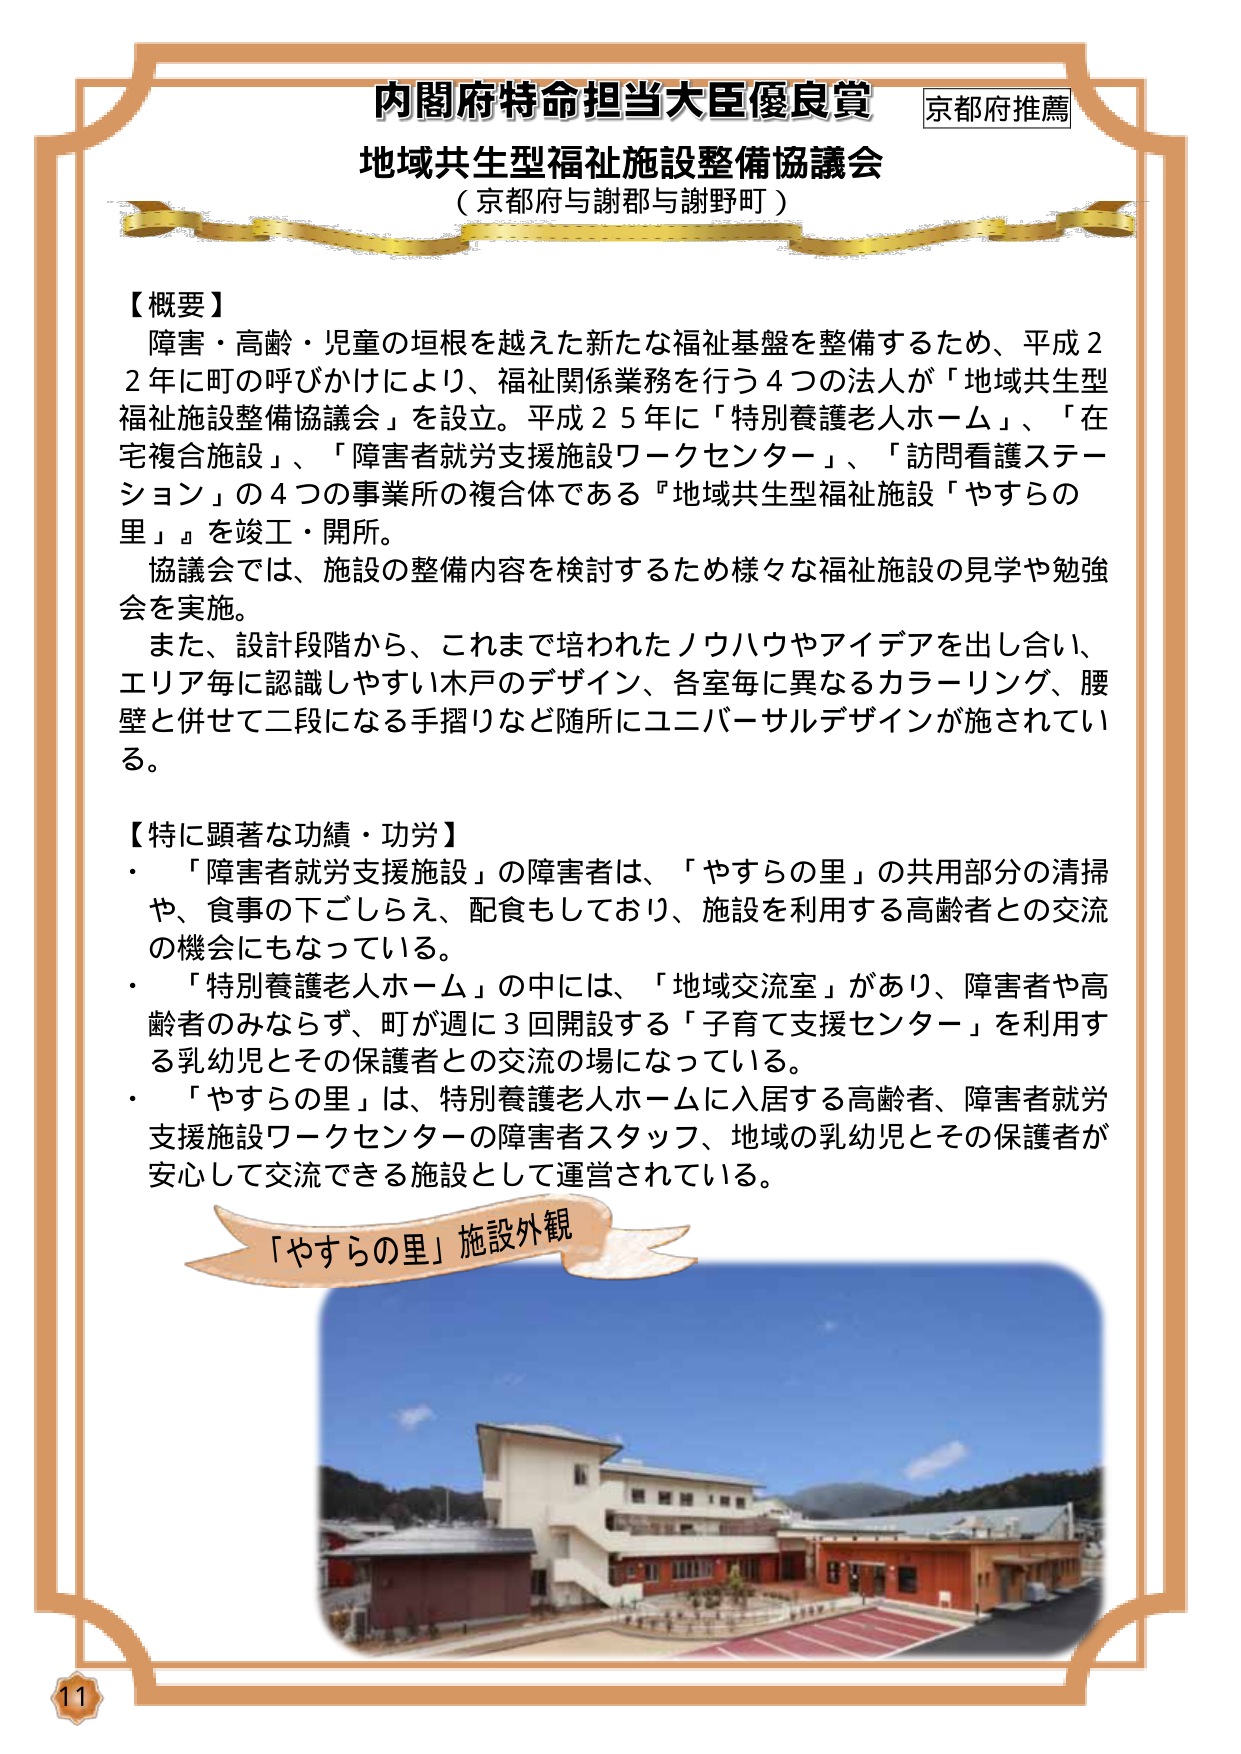
内閣府特命担当大臣優良賞 京都府推薦
地域共生型福祉施設整備協議会
（京都府与謝郡与謝野町）

【概要】
障害・高齢・児童の垣根を越えた新たな福祉基盤を整備するため、平成22年に町の呼びかけにより、福祉関係業務を行う4つの法人が「地域共生型福祉施設整備協議会」を設立。平成25年に「特別養護老人ホーム」、「在宅複合施設」、「障害者就労支援施設ワークセンター」、「訪問看護ステーション」の4つの事業所の複合体である『地域共生型福祉施設「やすらの里」』を竣工・開所。
協議会では、施設の整備内容を検討するため様々な福祉施設の見学や勉強会を実施。
また、設計段階から、これまで培われたノウハウやアイデアを出し合い、エリア毎に認識しやすい木戸のデザイン、各室毎に異なるカラーリング、腰壁と併せて二段になる手摺りなど随所にユニバーサルデザインが施されている。

【特に顕著な功績・功労】
・「障害者就労支援施設」の障害者は、「やすらの里」の共用部分の清掃や、食事の下ごしらえ、配食もしており、施設を利用する高齢者との交流の機会にもなっている。
・「特別養護老人ホーム」の中には、「地域交流室」があり、障害者や高齢者のみならず、町が週に3回開設する「子育て支援センター」を利用する乳幼児とその保護者との交流の場になっている。
・「やすらの里」は、特別養護老人ホームに入居する高齢者、障害者就労支援施設ワークセンターの障害者スタッフ、地域の乳幼児とその保護者が安心して交流できる施設として運営されている。

「やすらの里」施設外観

11